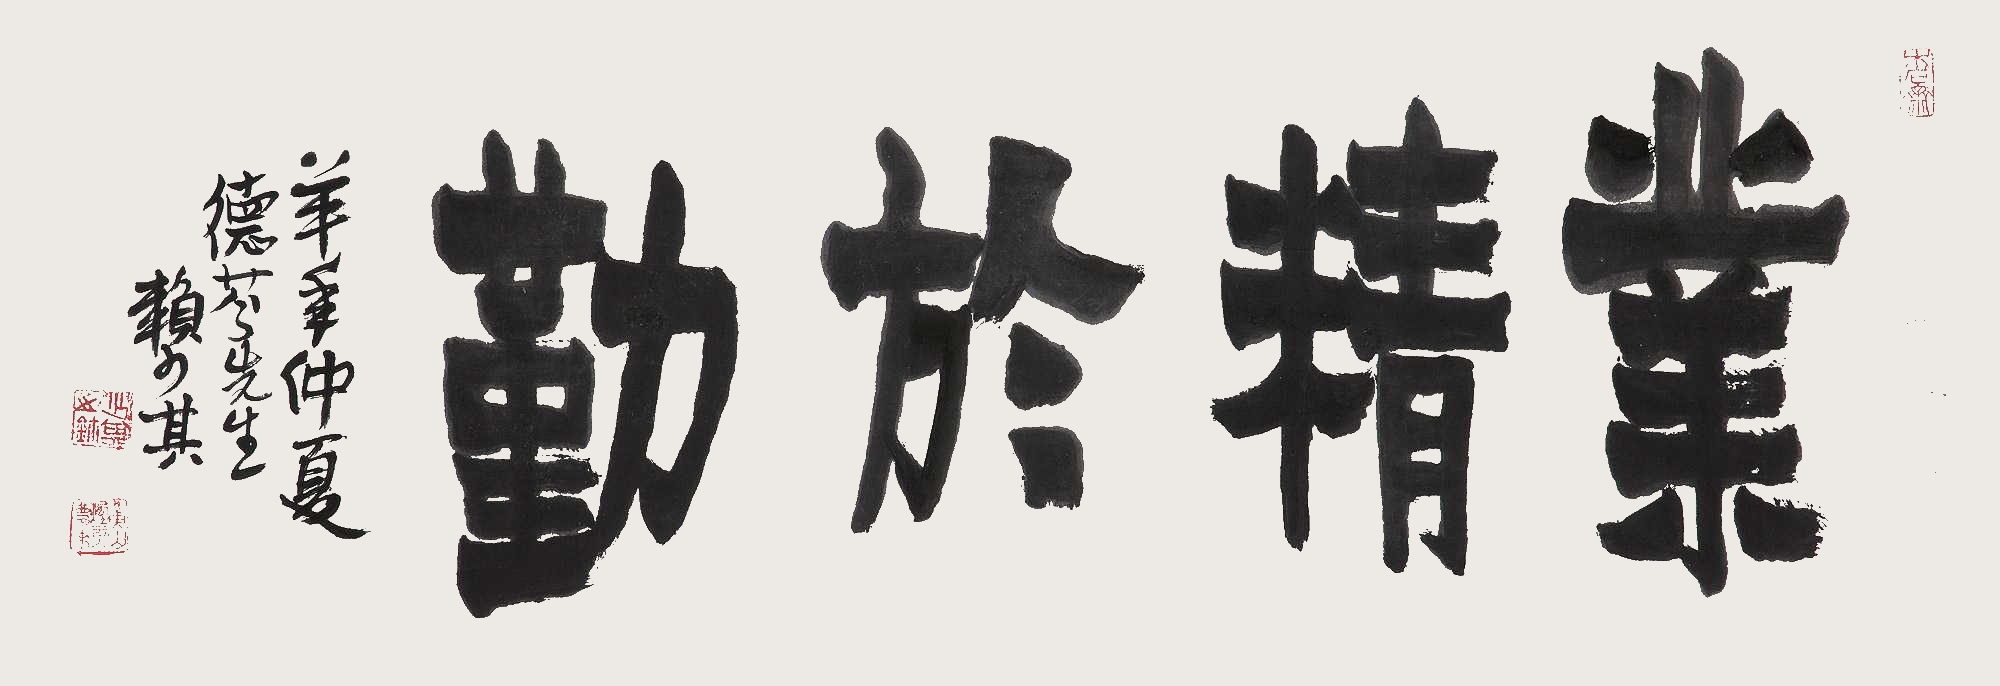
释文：业精于勤羊年仲夏德芬先生。赖少其。